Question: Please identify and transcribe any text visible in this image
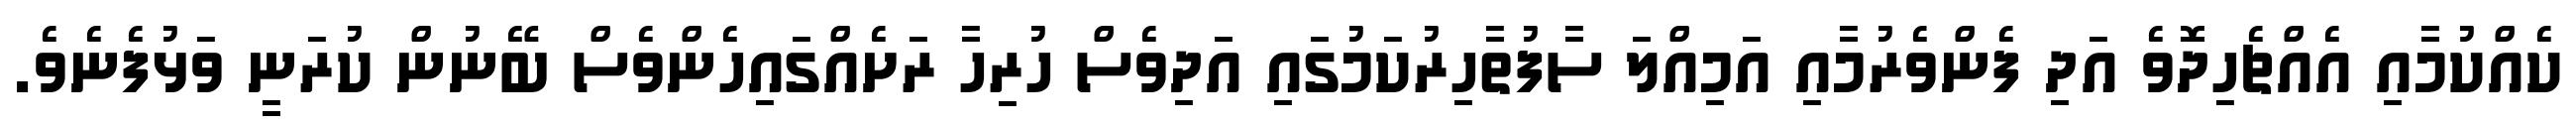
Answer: ކެއްކުމާއި އެއްޗެހިދޮވެ އަދި ފެންވެރުމާއި އަމިއްލަ ސާފުތާހިރުކަމުގައި އަދިވެސް ހުރިހާ ރަށެއްގައިހެންވެސް ބޭނުން ކުރަނީ ވަޅުފެނެވެ.